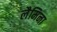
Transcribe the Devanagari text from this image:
लैमिना